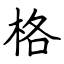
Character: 格